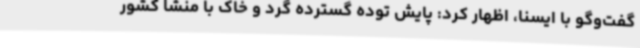
گفت‌وگو با ایسنا، اظهار کرد: پایش توده گسترده گرد و خاک با منشا کشور